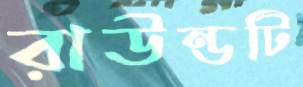
রাউন্ডটি